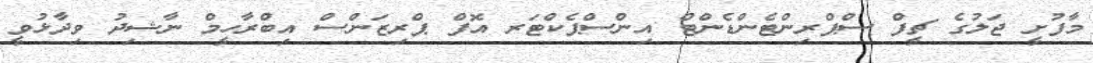
މާފުށީ ޖަލުގެ ޗީފް ސްޕްރިންޓެންޑެންޓް އިންސްޕެކްޓަރ އޮފް ޕްރިޒަންސް އިބްރާހީމް ނާޝިދު ވިދާޅުވީ